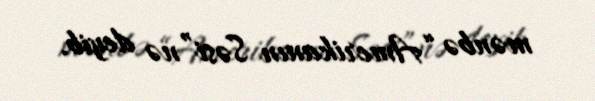
mənbə “Amerikanın Səsi”nə deyib.